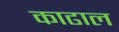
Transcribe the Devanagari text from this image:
काढाल